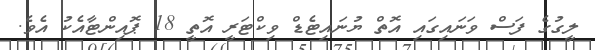
ލީގުގެ ފަސް ވަނައިގައި އޮތް ޔުުނައިޓެޑް ވިކްޓަރީ އޮތީ 18 ޕޮއިންޓާއެކު އެވެ.